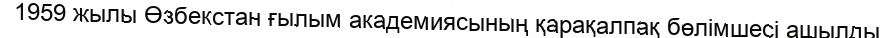
1959 жылы Өзбекстан ғылым академиясының қарақалпақ бөлімшесі ашылды